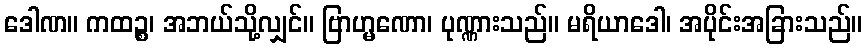
ဒေါဏ။ ကထဉ္စ၊ အဘယ်သို့လျှင်။ ဗြာဟ္မဏော၊ ပုဏ္ဏားသည်။ မရိယာဒေါ၊ အပိုင်းအခြားသည်။